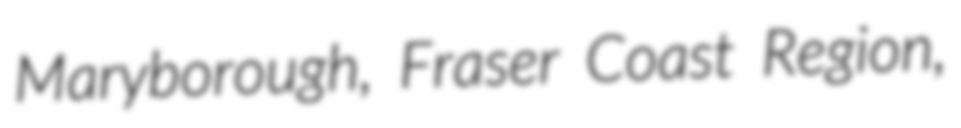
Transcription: Maryborough, Fraser Coast Region,